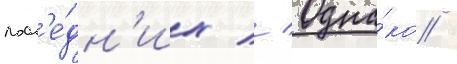
посл'е́дн'их // Одна́ко /